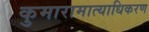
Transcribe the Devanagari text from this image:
कुमारामात्याधिकरण